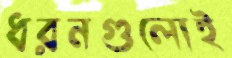
ধরনগুলোই